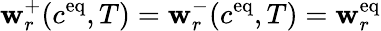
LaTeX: \mathbf{w}_{r}^{+}(c^{\mathrm{{{eq}}}},T)=\mathbf{w}_{r}^{-}(c^{\mathrm{{{eq}}}},T)=\mathbf{w}_{r}^{\mathrm{{{eq}}}}